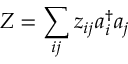
Z = \sum _ { i j } z _ { i j } a _ { i } ^ { \dagger } a _ { j }